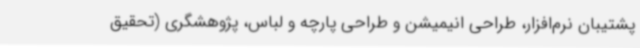
پشتیبان نرم‌افزار، طراحی انیمیشن و طراحی پارچه و لباس، پژوهشگری (تحقیق